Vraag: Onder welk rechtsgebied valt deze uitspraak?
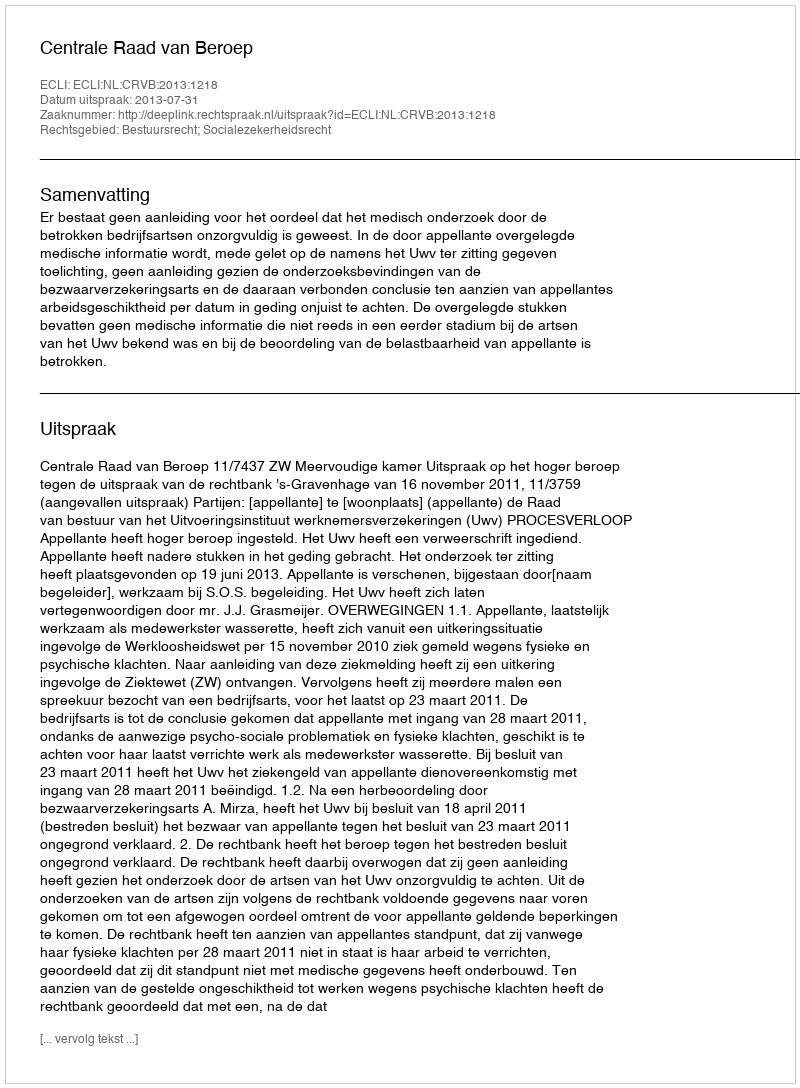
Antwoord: Bestuursrecht; Socialezekerheidsrecht